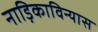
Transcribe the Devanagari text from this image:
नाड़िकाविन्यास